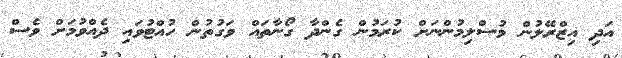
އަދި އިޒްރޭލުން މުސްލިމުންނަށް ކުރަމުން ގެންދާ ގޯނާތައް ވަގުތުން ހުއްޓުވައި ދެއްވުމަށް ވެސް